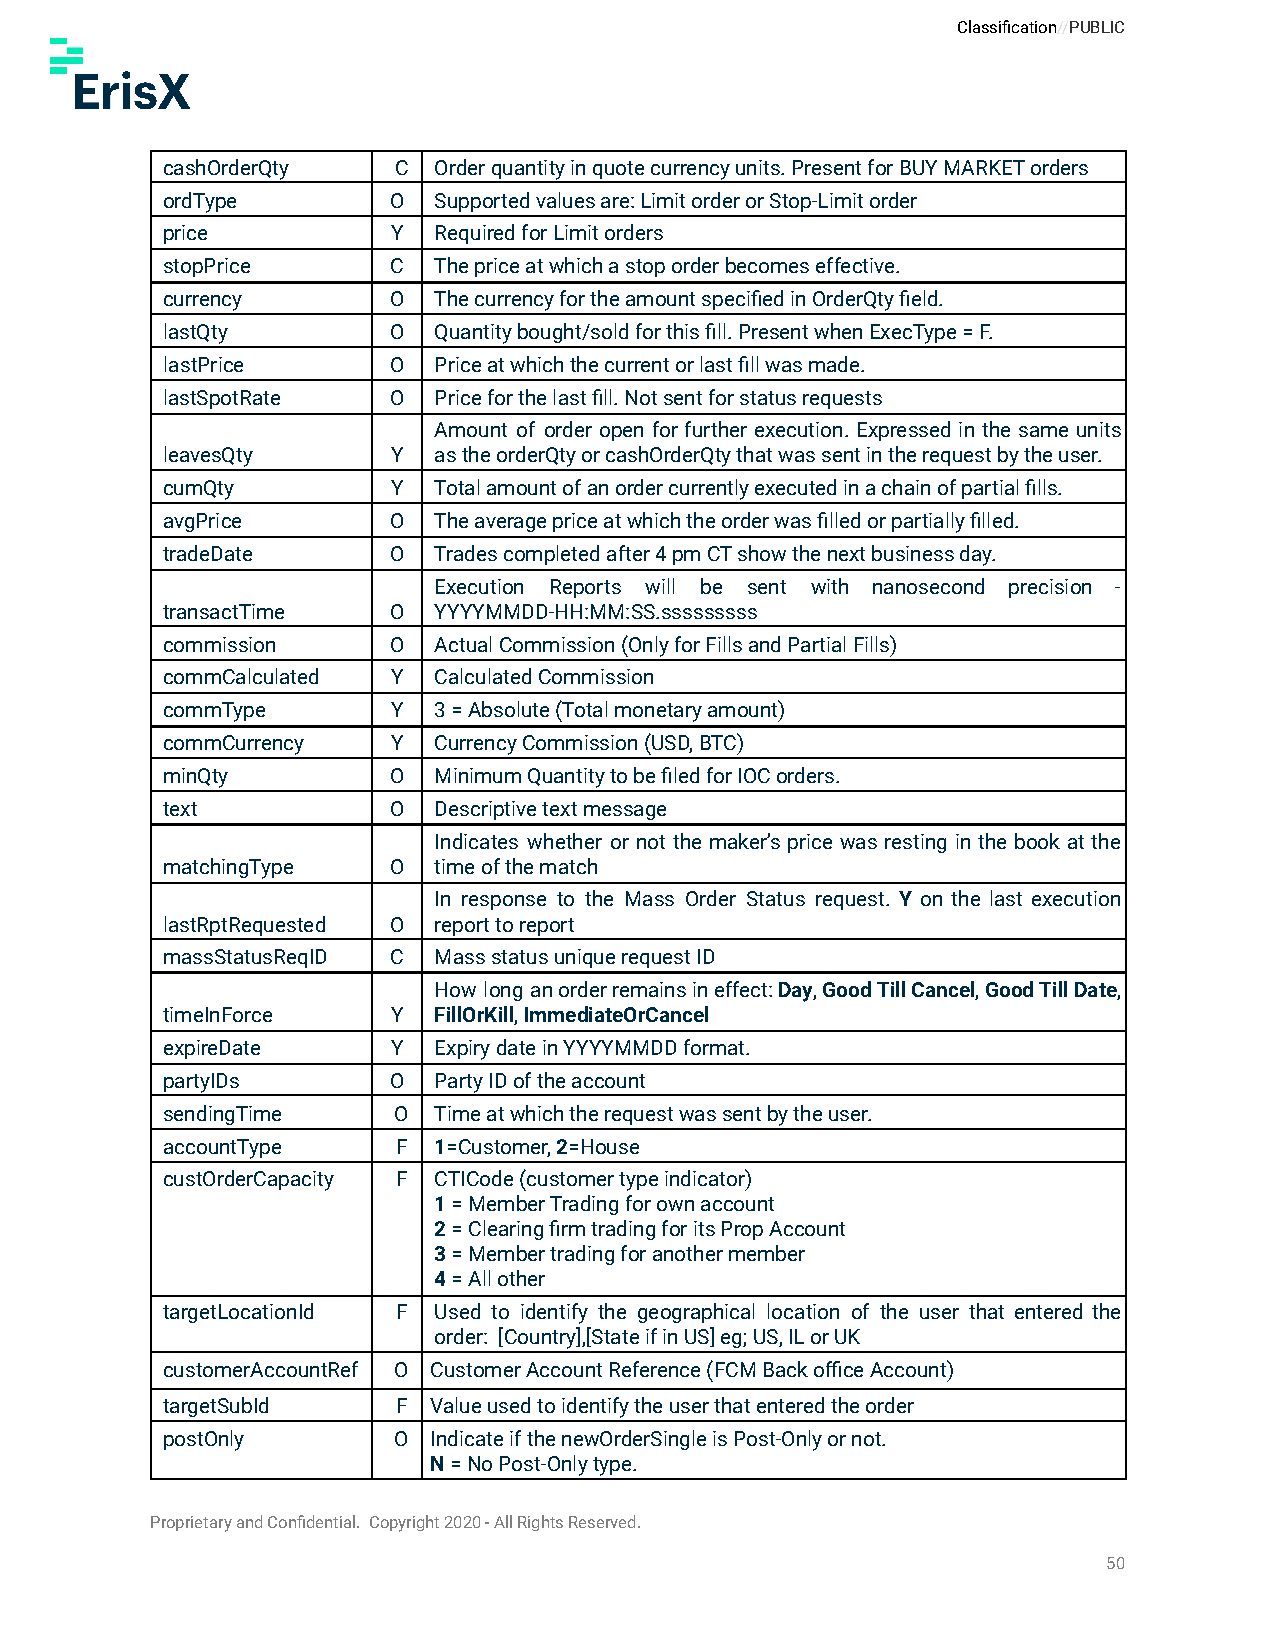
Classification//PUBLIC
 cashOrderQty   C  Order quantity in quote currency units. Present for BUY MARKET orders
 ordType        O  Supported values are: Limit order or Stop-Limit order
 price          Y  Required for Limit orders
 stopPrice      C  The price at which a stop order becomes effective.
 currency       O  The currency for the amount specified in OrderQty field.
 lastQty        O  Quantity bought/sold for this fill. Present when ExecType = F.
 lastPrice      O  Price at which the current or last fill was made.
 lastSpotRate   O  Price for the last fill. Not sent for status requests
 Amount of order open for further execution. Expressed in the same units
 leavesQty      Y  as the orderQty or cashOrderQty that was sent in the request by the user.
 cumQty         Y  Total amount of an order currently executed in a chain of partial fills.
 avgPrice       O  The average price at which the order was filled or partially filled.
 tradeDate      O  Trades completed after 4 pm CT show the next business day.
 Execution Reports will be sent with nanosecond precision -
 transactTime   O  YYYYMMDD-HH:MM:SS.sssssssss
 commission     O  Actual Commission (Only for Fills and Partial Fills)
 commCalculated Y  Calculated Commission
 commType       Y  3 = Absolute (Total monetary amount)
 commCurrency   Y  Currency Commission (USD, BTC)
 minQty         O  Minimum Quantity to be filed for IOC orders.
 text           O  Descriptive text message
 Indicates whether or not the maker’s price was resting in the book at the
 matchingType   O  time of the match
 In response to the Mass Order Status request. Y on the last execution
 lastRptRequested O report to report
 massStatusReqID C Mass status unique request ID
 How long anorderremainsineffect:Day,GoodTillCancel,GoodTillDate,
 timeInForce    Y  FillOrKill,ImmediateOrCancel
 expireDate     Y  Expiry date in YYYYMMDD format.
 partyIDs       O  Party ID of the account
 sendingTime    O  Time at which the request was sent by the user.
 accountType    F  1=Customer,2=House
 custOrderCapacity F CTICode (customer type indicator)
 1= Member Trading for own account
 2= Clearing firm trading for its Prop Account
 3= Member trading for another member
 4= All other
 targetLocationId F Used to identify the geographical location of the user that entered the
 order: [Country],[State if in US] eg; US, IL or UK
 customerAccountRef O Customer Account Reference (FCM Back office Account)
 targetSubId    F Value used to identify the user that entered the order
 postOnly       O Indicate if the newOrderSingle is Post-Only or not.
 N= No Post-Only type.
 Proprietary and Confidential. Copyright 2020 - All Rights Reserved.
 50